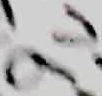
Text: 9V